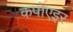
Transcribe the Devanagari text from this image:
कपोएइर